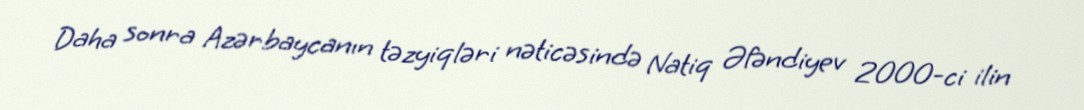
Daha sonra Azərbaycanın təzyiqləri nəticəsində Natiq Əfəndiyev 2000-ci ilin